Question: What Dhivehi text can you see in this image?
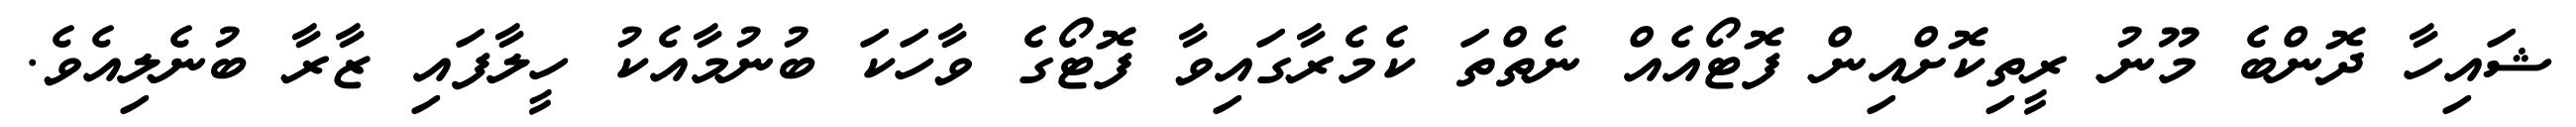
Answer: ޝައިހާ ދޮންބެ މޫނު ރީތިކޮށްއިން ފޮޓޯއެއް ނެތްތަ ކެމެރާގައިވާ ފޮޓޯގެ ވާހަކަ ބުނުމާއެކު ހީލާފައި ޒާރާ ބުނެލިއެވެ.